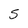
Character: S